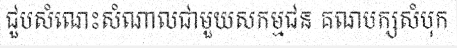
ជួបសំណេះសំណាលជាមួយសកម្មជន គណបក្សសំបុក